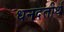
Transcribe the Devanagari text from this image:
धनदतीर्थ